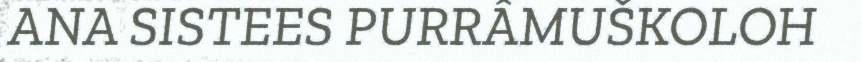
ANA SISTEES PURRÂMUŠKOLOH